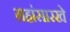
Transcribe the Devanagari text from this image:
ग्रहांसारखे